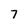
Character: 7